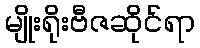
မျိုးရိုးဗီဇဆိုင်ရာ